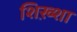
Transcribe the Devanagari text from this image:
शिख़्शा